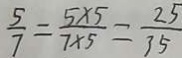
\frac { 5 } { 7 } = \frac { 5 \times 5 } { 7 \times 5 } = \frac { 2 5 } { 3 5 }